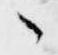
々